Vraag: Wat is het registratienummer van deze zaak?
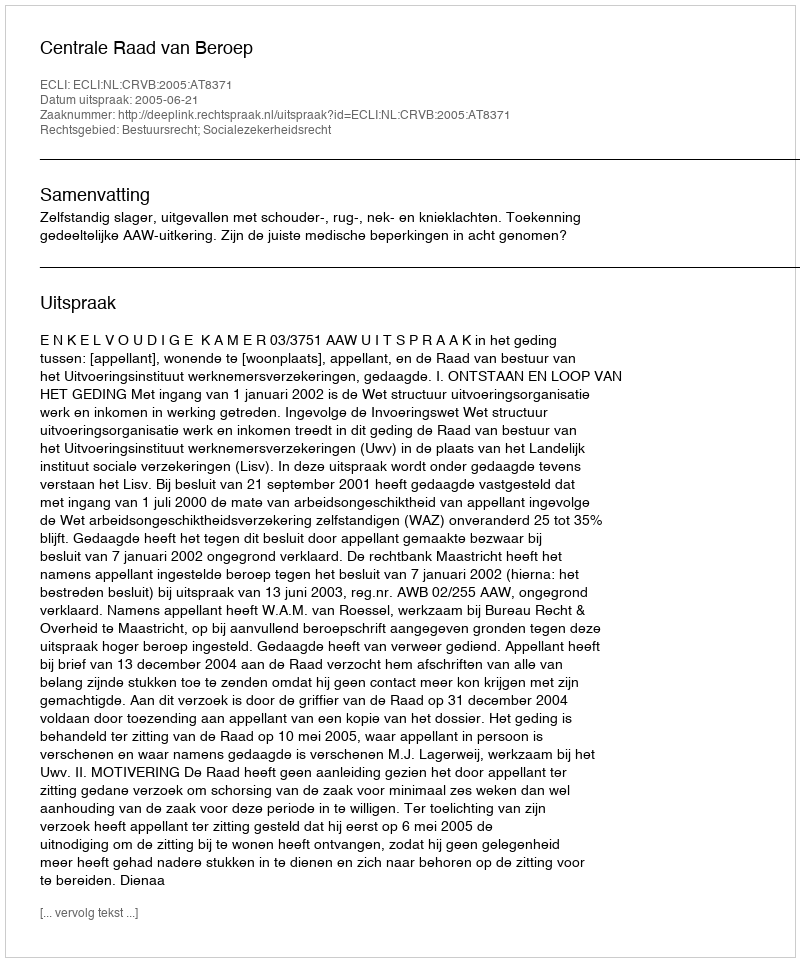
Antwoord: http://deeplink.rechtspraak.nl/uitspraak?id=ECLI:NL:CRVB:2005:AT8371